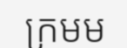
ក្រមម